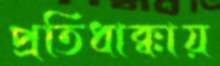
প্রতিধাক্কায়